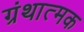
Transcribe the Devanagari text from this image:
ग्रंथात्मक